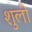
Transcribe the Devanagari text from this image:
शुली